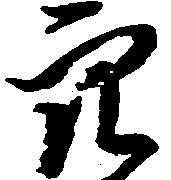
穴